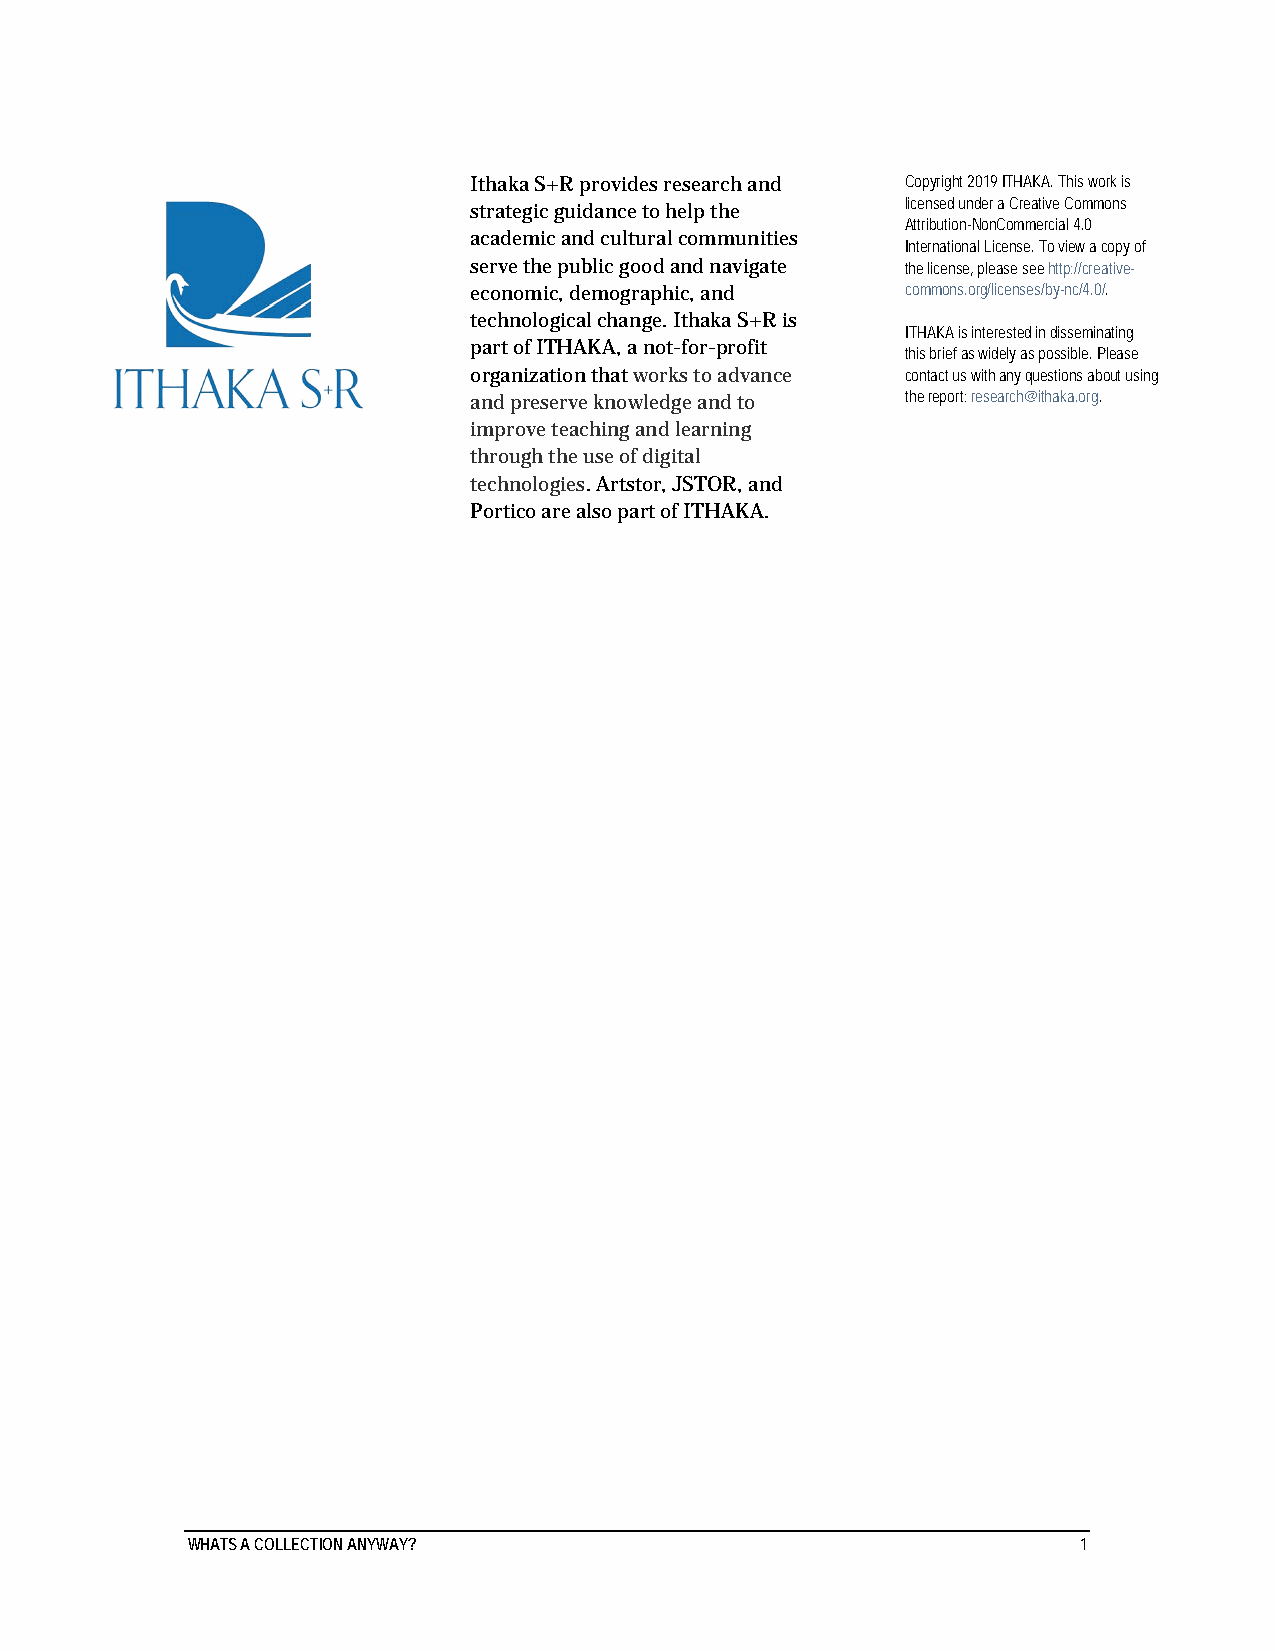
Ithaka S+R provides research and Copyright 2019 ITHAKA. This work is
 licensed under a Creative Commons
 strategic guidance to help the
 Attribution-NonCommercial 4.0
 academic and cultural communities
 International License. To view a copy of
 serve the public good and navigate the license, please see http://creative-
 economic, demographic, and   commons.org/licenses/by-nc/4.0/.
 technological change. Ithaka S+R is
 ITHAKA is interested in disseminating
 part of ITHAKA, a not-for-profit
 this brief as widely as possible. Please
 organization that works to advance contact us with any questions about using
 and preserve knowledge and to the report: research@ithaka.org.
 improve teaching and learning
 through the use of digital
 technologies. Artstor, JSTOR, and
 Portico are also part of ITHAKA.
 WHATS A COLLECTION ANYWAY?                                  1